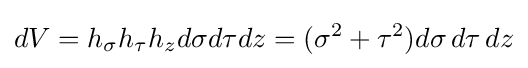
dV=h_{\sigma }h_{\tau }h_{z}d\sigma d\tau dz=(\sigma ^{2}+\tau ^{2})d\sigma \,d\tau \,dz